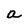
Character: a